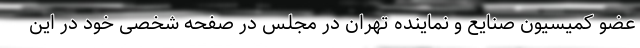
عضو کمیسیون صنایع و نماینده تهران در مجلس در صفحه شخصی خود در این